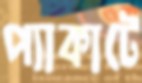
প্যাকাটে